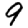
Digit: 9